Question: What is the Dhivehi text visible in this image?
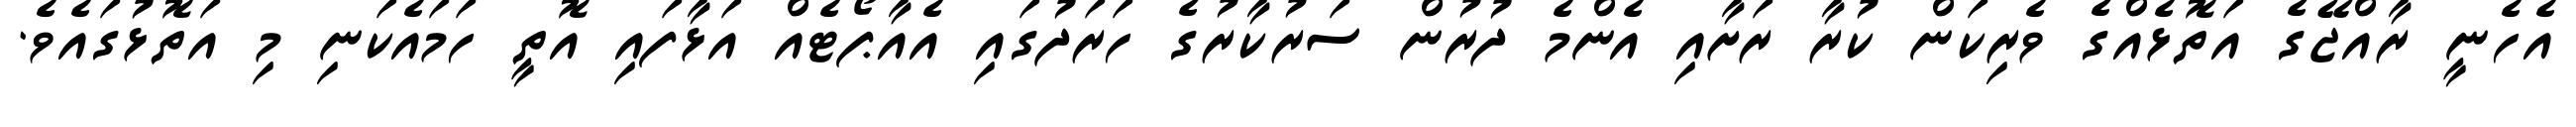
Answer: އެހެނީ ރާއްޖޭގެ އަތޮޅެއްގެ ވެރިކަން ކުރާ ރަށާއި އެންމެ ދުރުން ސަރުކާރުގެ ހަރަދުގައި އެއާޕޯޓެއް އަޅާފައި އޮތީ ހަމައެކަނި މި އަތޮޅުގައެވެ.